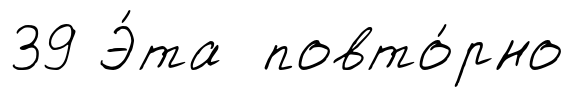
39 Э́та повто́рно